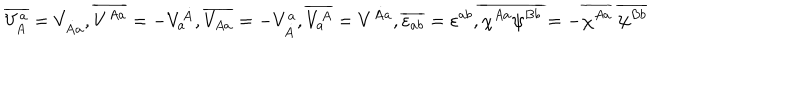
\overline { { { V _ { A } ^ { a } } } } = V _ { \dot { A } a } , \overline { { { V ^ { A a } } } } = - V _ { a } ^ { \dot { A } } , \overline { { { V _ { A a } } } } = - V _ { \dot { A } } ^ { a } , \overline { { { V _ { a } ^ { A } } } } = V ^ { \dot { A } a } , \overline { { { \varepsilon _ { a b } } } } = \varepsilon ^ { a b } , \overline { { { \chi ^ { A a } \psi ^ { B b } } } } = - \overline { { { \chi ^ { A a } } } } \ \overline { { { \psi ^ { B b } } } }